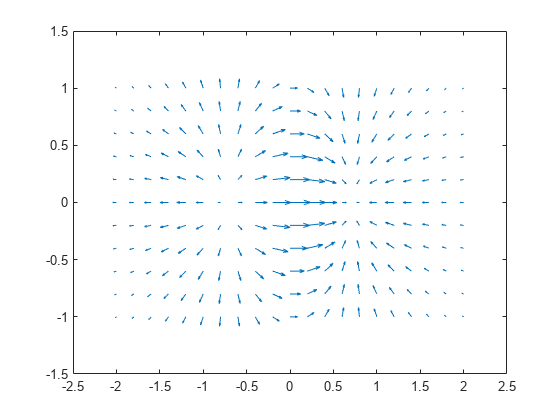
matlab, quiver